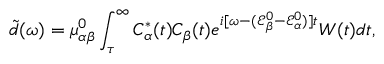
\tilde { d } ( \omega ) = \mu _ { \alpha \beta } ^ { 0 } \int _ { \tau } ^ { \infty } C _ { \alpha } ^ { \ast } ( t ) C _ { \beta } ( t ) e ^ { i [ \omega - ( \mathcal { E } _ { \beta } ^ { 0 } - \mathcal { E } _ { \alpha } ^ { 0 } ) ] t } W ( t ) d t ,